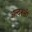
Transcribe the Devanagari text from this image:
अन्‍दरूनी